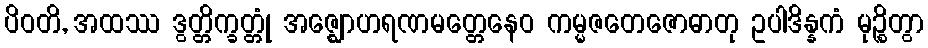
ပိဝတိ, အထဿ ဒွတ္တိက္ခတ္တုံ အဇ္ဈောဟရဏမတ္တေနေဝ ကမ္မဇတေဇောဓာတု ဥပါဒိန္နကံ မုဉ္စိတွာ